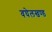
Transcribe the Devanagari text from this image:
वघेलखण्ड